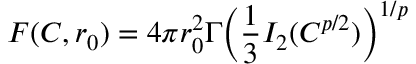
F ( \boldsymbol { C } , r _ { 0 } ) = 4 \pi r _ { 0 } ^ { 2 } \Gamma \Big ( \frac { 1 } { 3 } I _ { 2 } ( \boldsymbol { C } ^ { p / 2 } ) \Big ) ^ { 1 / p }